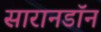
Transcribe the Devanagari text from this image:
सारानडॉन